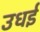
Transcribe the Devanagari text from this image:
उधई